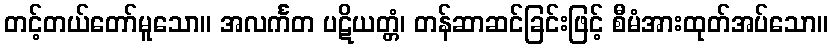
တင့်တယ်တော်မူသော။ အလင်္ကတ ပဋိယတ္တံ၊ တန်ဆာဆင်ခြင်းဖြင့် စီမံအားထုတ်အပ်သော။